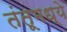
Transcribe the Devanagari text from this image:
तंतूमध्ये